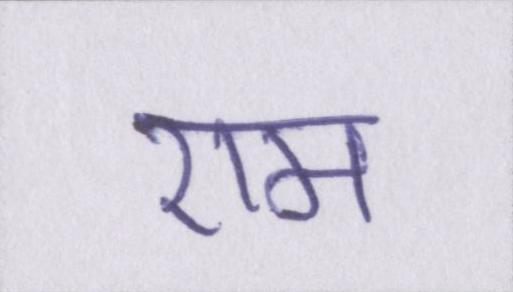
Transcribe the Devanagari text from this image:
राम